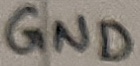
Text: GND